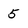
Character: 5